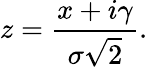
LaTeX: z={\frac{x+i\gamma}{\sigma{\sqrt{2}}}}.